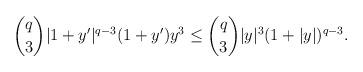
LaTeX: \begin{align*} \binom{q}{3} |1+y'|^{q-3} (1+y') y^3\le \binom{q}{3}|y|^3 (1+|y|)^{q-3}. \end{align*}